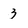
Character: 3